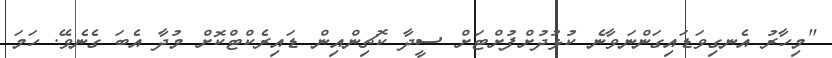
"މިހާރު އެނގިވަޑައިގަންނަވާނެ ކުޅުދުށްފުށްޓަށް ސީދާ ކޮޗިންއިން ޑައިރެކްޓްކޮށް މުދާ އެބަ ގެނެވޭ. ހަމަ